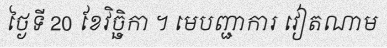
ថ្ងៃទី 20 ខែវិច្ឆិកា ។ មេបញ្ជាការ វៀតណាម